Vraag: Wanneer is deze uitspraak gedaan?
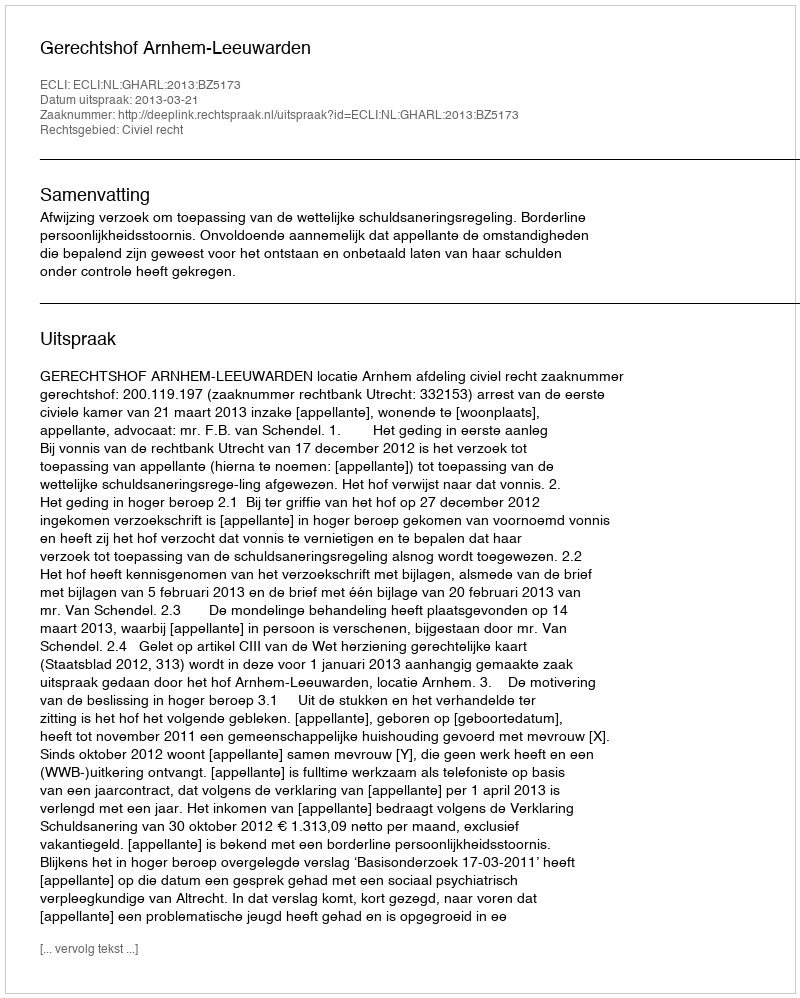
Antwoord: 2013-03-21